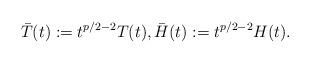
LaTeX: \begin{align*} \bar{T}(t) := t^{p/2 - 2}T(t), \bar{H}(t) := t^{p/2 - 2}H(t).\end{align*}